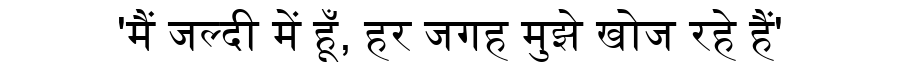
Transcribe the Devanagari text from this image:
'मैं जल्दी में हूँ, हर जगह मुझे खोज रहे हैं'